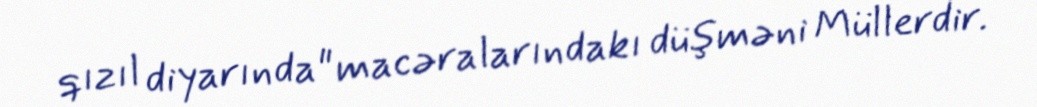
qızıl diyarında" macəralarındakı düşməni Müllerdir.